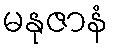
မနုဇာနံ